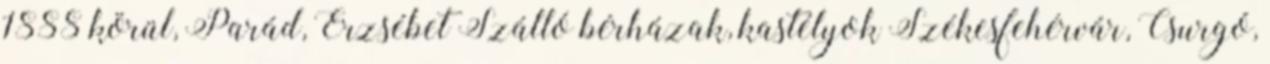
1888 körül, Parád, Erzsébet Szálló bérházak, kastélyok Székesfehérvár, Csurgó,